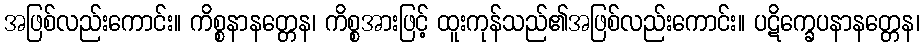
အဖြစ်လည်းကောင်း။ ကိစ္စနာနတ္တေန၊ ကိစ္စအားဖြင့် ထူးကုန်သည်၏အဖြစ်လည်းကောင်း။ ပဋိက္ခေပနာနတ္တေန၊